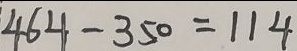
4 6 4 - 3 5 0 = 1 1 4